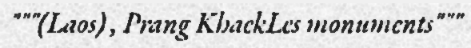
"""(Laos) , Prang KhaekLes monuments"""